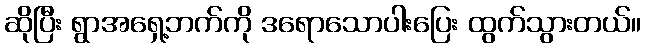
ဆိုပြီး ရွာအရှေ့ဘက်ကို ဒရောသောပါးပြေး ထွက်သွားတယ်။